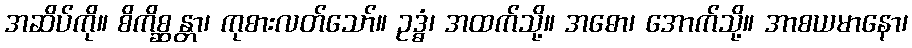
အဆိပ်ကို။ စိကိစ္ဆန္တာ၊ ကုစားလတ်သော်။ ဥဒ္ဓံ၊ အထက်သို့။ အဓော၊ အောက်သို့။ အာစယမာနော၊